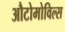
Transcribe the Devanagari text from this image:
औटोमोविल्स